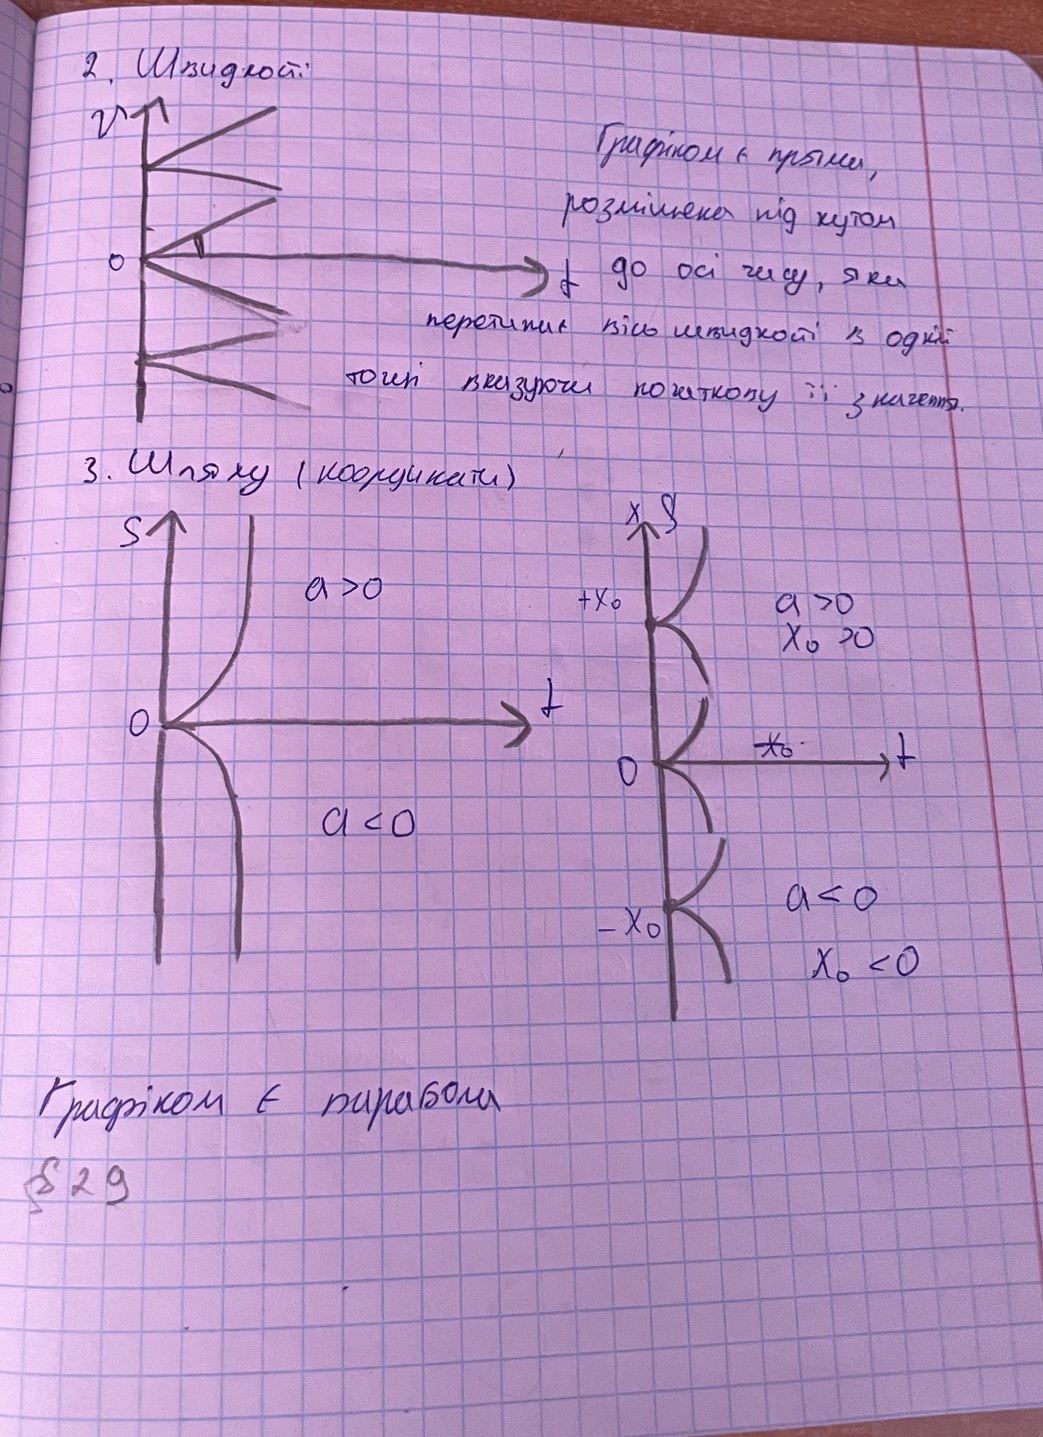
2. Швидкості
Графіком є пряма,
розміщена під кутом
t до осі часу, яка
перетинає  вісь швидкості в одній
точці вказуючи початкову її значення.
3. Шляху (координати)
Графіком є парабола
§29